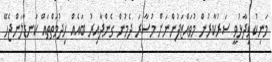
މަނިކު ވިދާޅުވީ ސަރުކާރުން މުވައްޒަފުންނަށް މުސާރަ ދެމުން ގެންދާއިރު ބައެއް ހިދުމަތްތައް ކަނޑާލަންޖެހޭ